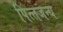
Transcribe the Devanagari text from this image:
पित्‍तजन्‍य